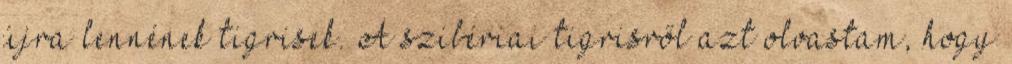
újra lennének tigrisek. A szibériai tigrisről azt olvastam, hogy